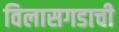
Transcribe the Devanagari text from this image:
विलासगडाची